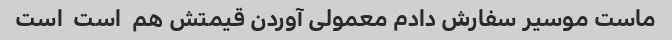
ماست موسیر سفارش دادم معمولی آوردن قیمتش هم  است  است